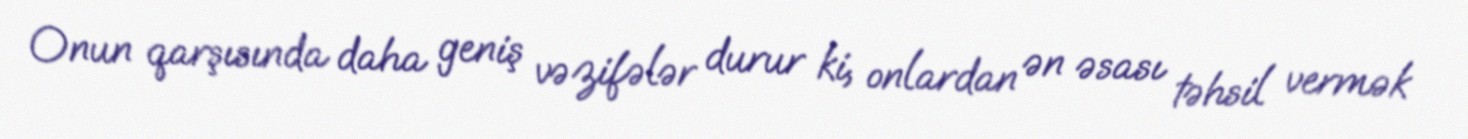
Onun qarşısında daha geniş vəzifələr durur ki, onlardan ən əsası təhsil vermək